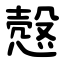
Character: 慤